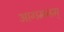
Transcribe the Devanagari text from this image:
आगमनम्